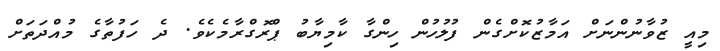
މިއީ ޒުވާނުންނަށް އަމާޒުކޮށްގެން ފުލުހުން ހިންގާ ކާމިޔާބު ޕްރޮގްރާމެކެވެ. ދެ ހަފުތާގެ މުއްދަތަށް